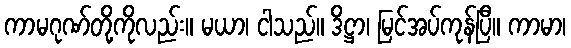
ကာမဂုဏ်တို့ကိုလည်း။ မယာ၊ ငါသည်။ ဒိဋ္ဌာ၊ မြင်အပ်ကုန်ပြီ။ ကာမာ၊